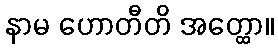
နာမ ဟောတီတိ အတ္ထော။